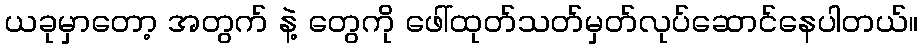
ယခုမှာတော့ အတွက် နဲ့ တွေကို ဖေါ်ထုတ်သတ်မှတ်လုပ်ဆောင်နေပါတယ်။